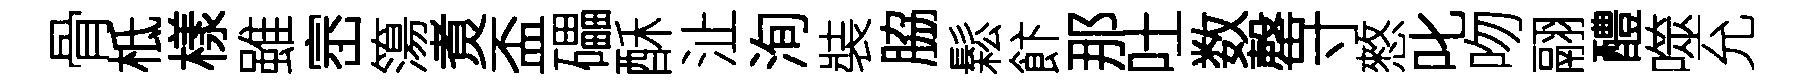
骨柢樣雖崈簜煑盃礧酥沚洵裝脇鬆飰那吐数罄寸憗叱吻翮醴噬允